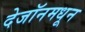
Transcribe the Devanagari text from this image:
देजॉनमधून